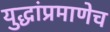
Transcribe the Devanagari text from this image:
युद्धांप्रमाणेच